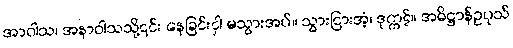
အာဝါသ၊ အနာဝါသသို့၎င်း နေခြင်းငှါ မသွားအပ်။ သွားငြားအံ့၊ ဒုက္ကဋ်။ အဓိဋ္ဌာန်ဥပုသ်